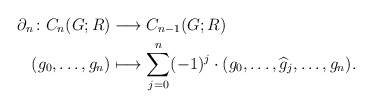
\begin{align*}\partial_n\colon C_n(G;R)&\longrightarrow C_{n-1}(G;R)\\(g_0,\dots,g_n)&\longmapsto \sum_{j=0}^{n}(-1)^{j}\cdot (g_0,\dots,\widehat{g}_j,\dots,g_n).\end{align*}